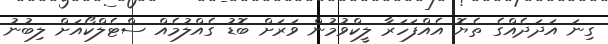
ގިނަ އަދަދެއްގެ ތެޔޮ އެއްފަހަރާ ލީކްވުމުން ވަރަށް ބޮޑު ގެއްލުމެއް ސްޓެލްކޯއަށް ލިބުނު